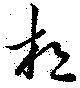
想